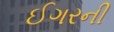
ઈગરની